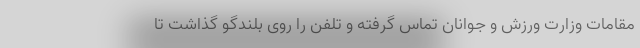
مقامات وزارت ورزش و جوانان تماس گرفته و تلفن را روی بلندگو گذاشت تا